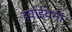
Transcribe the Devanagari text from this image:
हवाईयनी